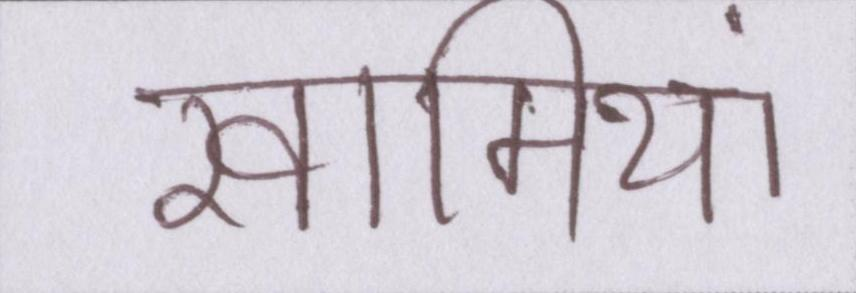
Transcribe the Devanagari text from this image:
खामियां